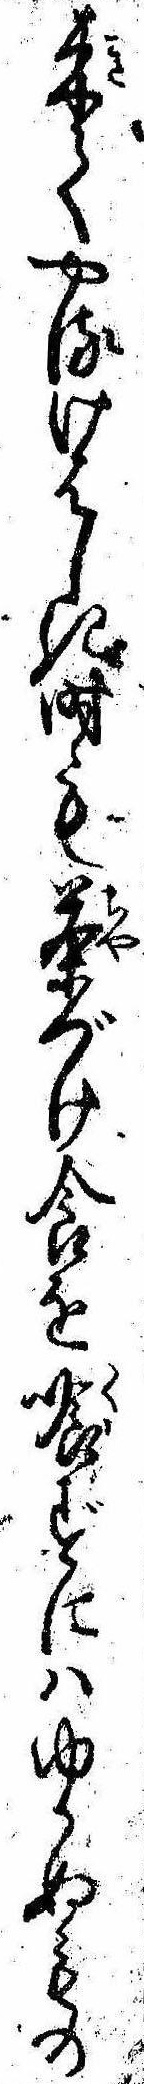
来てやるけはしき時も茶づけ食を喰ずにはゆかぬもの